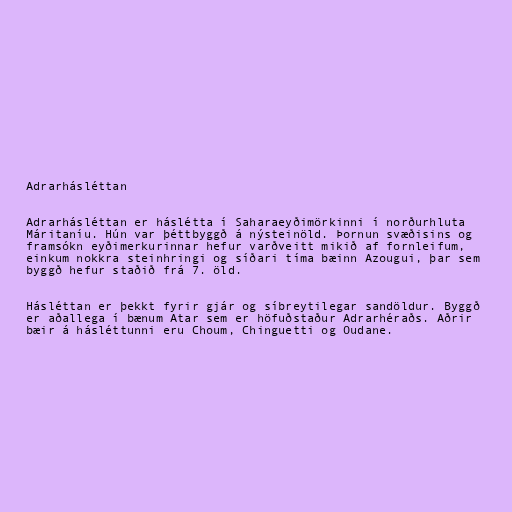
Adrarhásléttan

Adrarhásléttan er háslétta í Saharaeyðimörkinni í norðurhluta
Máritaníu. Hún var þéttbyggð á nýsteinöld. Þornun svæðisins og
framsókn eyðimerkurinnar hefur varðveitt mikið af fornleifum,
einkum nokkra steinhringi og síðari tíma bæinn Azougui, þar sem
byggð hefur staðið frá 7. öld.

Hásléttan er þekkt fyrir gjár og síbreytilegar sandöldur. Byggð
er aðallega í bænum Atar sem er höfuðstaður Adrarhéraðs. Aðrir
bæir á hásléttunni eru Choum, Chinguetti og Oudane.